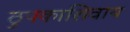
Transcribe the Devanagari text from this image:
ठुपकाशिवाय